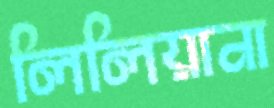
লিলিয়ানা